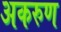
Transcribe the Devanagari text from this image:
अकरुण